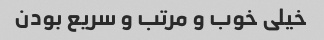
خیلی خوب و مرتب و سریع بودن